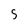
Character: 5